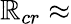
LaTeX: \mathbb{R}_{cr}\approx